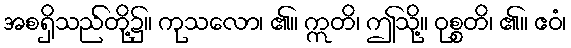
အစရှိသည်တို့၌။ ကုသလော၊ ၏။ ဣတိ၊ ဤသို့။ ဝုစ္စတိ၊ ၏။ ဧဝံ၊